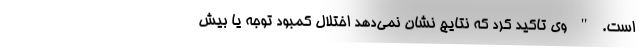
است. " وی تاکید کرد که نتایج نشان نمی‌دهد اختلال کمبود توجه یا بیش